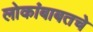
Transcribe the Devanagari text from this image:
लोकांबाबतचे